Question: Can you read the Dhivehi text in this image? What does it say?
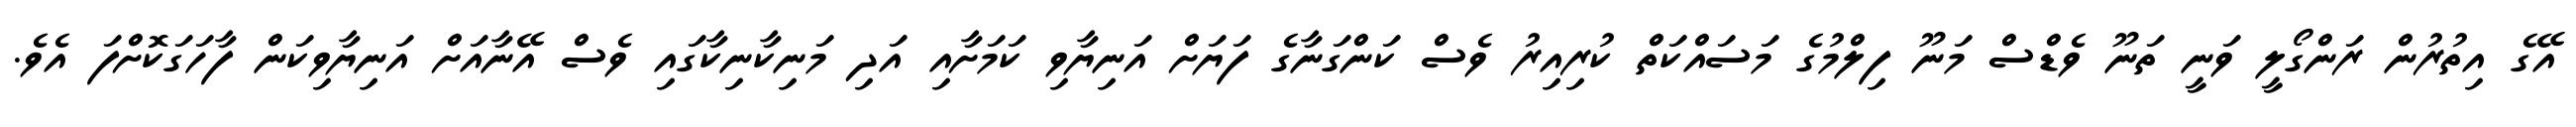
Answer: އޭގެ އިތުރުން ރަންގޯލީ ވަނީ ތަނޫ ވެޑްސް މަނޫ ފިލްމުގެ މަސައްކަތް ކުރިއިރު ވެސް ކަންގަނާގެ ފަޔަށް އަނިޔާވި ކަމަށާއި އަދި މަނިކާނިކާގައި ވެސް އޭނާއަށް އަނިޔާވިކަން ފާހަގަކޮށްފަ އެވެ.